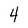
Character: 4